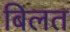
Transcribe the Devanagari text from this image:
बिलत